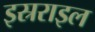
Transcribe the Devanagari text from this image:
इस्रराइल